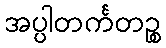
အပ္ပါတင်္ကတဉ္စ